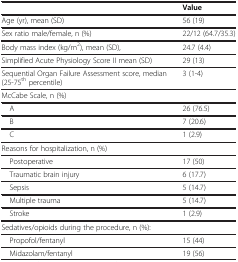
<table><thead><tr><td><b> </b></td><td><b>Value</b></td></tr></thead><tbody><tr><td>Age (yr), mean (SD)</td><td>56 (19)</td></tr><tr><td>Sex ratio male/female, n (%)</td><td>22/12 (64.7/35.3)</td></tr><tr><td>Body mass index (kg/m<sup>2</sup>), mean (SD),</td><td>24.7 (4.4)</td></tr><tr><td>Simplified Acute Physiology Score II mean (SD)</td><td>29 (13)</td></tr><tr><td>Sequential Organ Failure Assessment score, median (25-75<sup>th</sup> percentile)</td><td>3 (1-4)</td></tr><tr><td>McCabe Scale, n (%)</td><td> </td></tr><tr><td> A </td><td>26 (76.5)</td></tr><tr><td> B </td><td>7 (20.6)</td></tr><tr><td> C </td><td>1 (2.9)</td></tr><tr><td>Reasons for hospitalization, n (%)</td><td> </td></tr><tr><td> Postoperative </td><td>17 (50)</td></tr><tr><td> Traumatic brain injury </td><td>6 (17.7)</td></tr><tr><td> Sepsis </td><td>5 (14.7)</td></tr><tr><td> Multiple trauma </td><td>5 (14.7)</td></tr><tr><td> Stroke </td><td>1 (2.9)</td></tr><tr><td>Sedatives/opioids during the procedure, n (%):</td><td> </td></tr><tr><td> Propofol/fentanyl </td><td>15 (44)</td></tr><tr><td> Midazolam/fentanyl </td><td>19 (56)</td></tr></tbody></table>